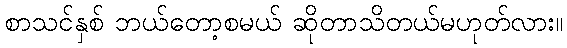
စာသင်နှစ် ဘယ်တော့စမယ် ဆိုတာသိတယ်မဟုတ်လား။